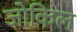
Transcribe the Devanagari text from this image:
जोकिल